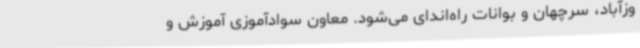
وزآباد، سرچهان و بوانات راه‌اندای می‌شود. معاون سوادآموزی آموزش و